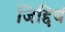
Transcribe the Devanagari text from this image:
जिद्दिचं